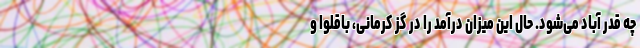
چه قدر آباد می‌شود. حال این میزان درآمد را در گز کرمانی، باقلوا و